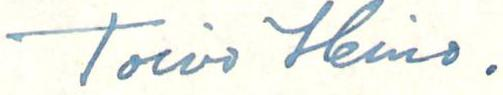
Toivo Heino .